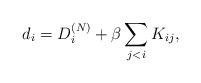
LaTeX: \begin{align*}d_i=D_i^{(N)}+\beta\sum_{j<i}K_{ij},\end{align*}